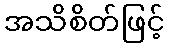
အသိစိတ်ဖြင့်